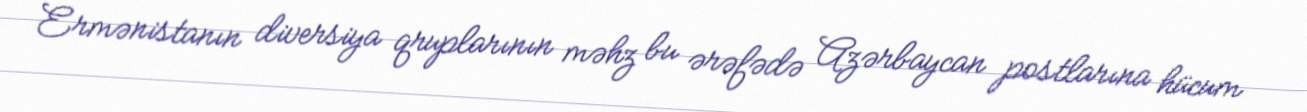
Ermənistanın diversiya qruplarının məhz bu ərəfədə Azərbaycan postlarına hücum